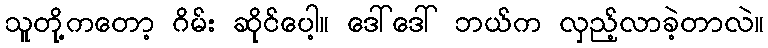
သူတို့ကတော့ ဂိမ်း ဆိုင်ပေါ့။ ဒေါ်ဒေါ် ဘယ်က လှည့်လာခဲ့တာလဲ။